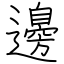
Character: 邊